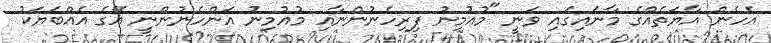
އެހެން އާޔަތެއްގެ މާނައިގައި ވަނީ "މުއުމިނު ފިރިހެނުންނާއި މުއުމިނު އަންހެނުންނީ އޭގެ އެއްބަޔަކު